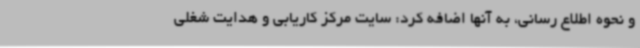
و نحوه اطلاع رسانی، به آنها اضافه کرد: سایت مرکز کاریابی و هدایت شغلی